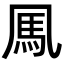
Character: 𩡫